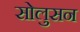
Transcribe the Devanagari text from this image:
सोलुसन